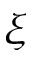
\xi